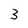
Character: 3